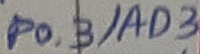
Text: P0.3/AD3